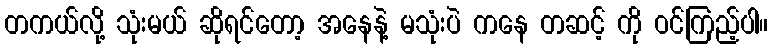
တကယ်လို့ သုံးမယ် ဆိုရင်တော့ အနေနဲ့ မသုံးပဲ ကနေ တဆင့် ကို ဝင်ကြည့်ပါ။